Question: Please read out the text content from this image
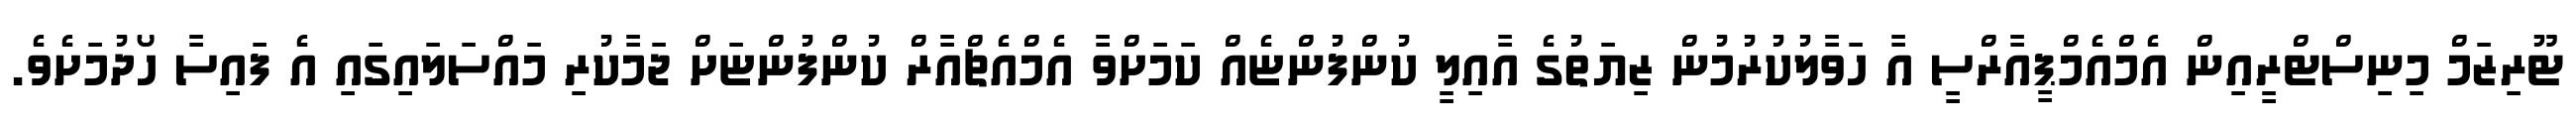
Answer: ޓޫރިޒަމް މިނިސްޓްރީއިން އެމްއެމްޕީއާރްސީ އާ ހަވާލުކުރުމުން ޒިޔަތުގެ އާއިލީ ކުންފުންޏެއް ކަމަށްވާ އެމްއެޗްއާރް ކުންފުންޏަށް ޖަމާކުރި މައްސަލައިގައި އެ ފައިސާ ހޯދުމަށެވެ.